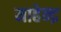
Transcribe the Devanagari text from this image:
माहेन्द्र